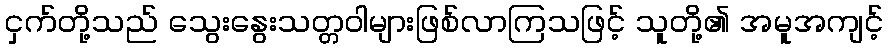
ငှက်တို့သည် သွေးနွေးသတ္တဝါများဖြစ်လာကြသဖြင့် သူတို့၏ အမူအကျင့်